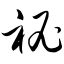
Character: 秘